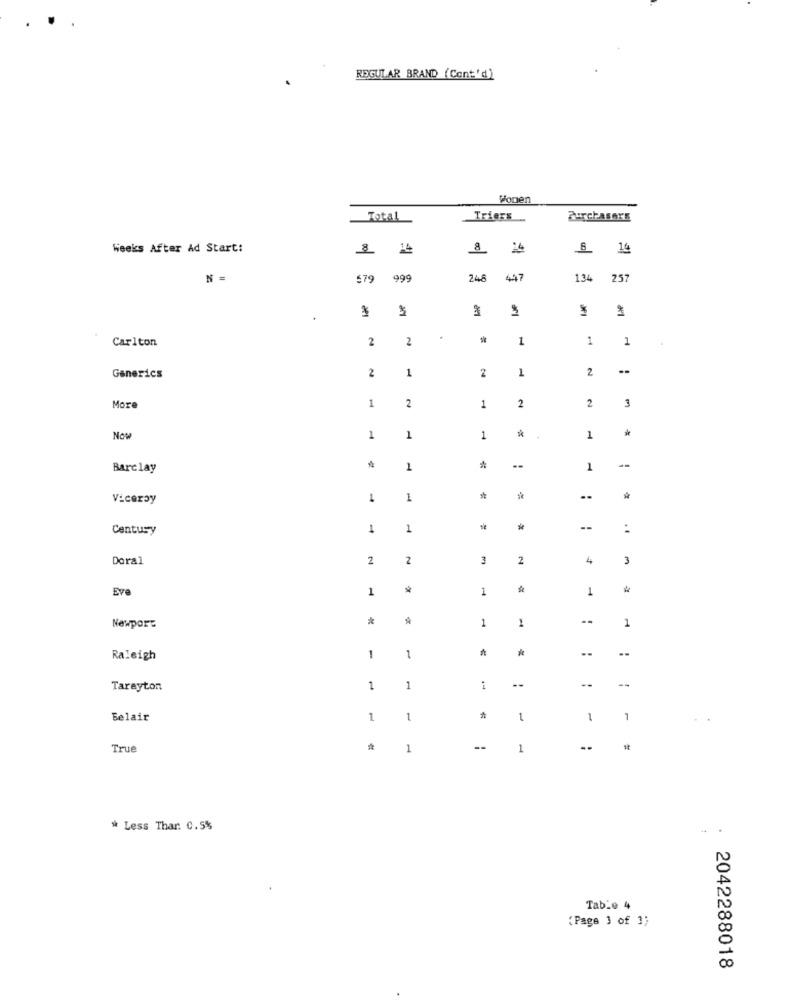
REGULAR BRAND (Cont'd)
Ponen
Triers
AuchASArE
Weeks After Ad Start:
8
6 14
N =
$79
999
248
447
134
257
-
Carlton
2
2
1
1
1
2
1
1
2
Generics
2
1
2
2
2
More
1
*
Now
1
1
1
1
Barclay
1
*
--
1
--
Viceroy
1
1
*
..
Century
1
*
--
Doral
2
2
2
4
3
Eve
1
1
1
*
1
1
Newport
1
*
--
Raleigh
1
1
--
--
Tarayton
1
1
1
Belair
1
1
1
1
7
True
1
--
1
* Less Thar: 0.5%
Table 4
(Page 3 of 3;
2042288018